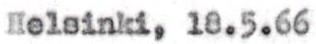
Helsinki, 18.5.66